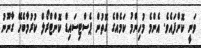
ވަނީ ކޮށްފައެވެ. އެންމެ މުހިންމު ކަމެއްގެ ގޮތުން ޕެސްޓިސައިޑް ކޮންޓްރޯލް ކުރުމާބެހޭ ގާނޫނު